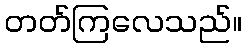
တတ်ကြလေသည်။